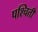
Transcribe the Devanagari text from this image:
पश्चिती